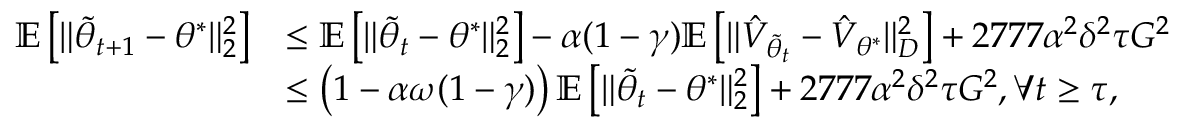
\begin{array} { r l } { \mathbb { E } \left[ \Vert \tilde { \theta } _ { t + 1 } - \theta ^ { * } \Vert _ { 2 } ^ { 2 } \right] } & { \leq \mathbb { E } \left[ \Vert \tilde { \theta } _ { t } - \theta ^ { * } \Vert _ { 2 } ^ { 2 } \right] - \alpha ( 1 - \gamma ) \mathbb { E } \left[ \Vert \hat { V } _ { \tilde { \theta } _ { t } } - \hat { V } _ { \theta ^ { * } } \Vert _ { D } ^ { 2 } \right] + 2 7 7 7 \alpha ^ { 2 } \delta ^ { 2 } \tau G ^ { 2 } } \\ & { \leq \left( 1 - \alpha \omega ( 1 - \gamma ) \right) \mathbb { E } \left[ \Vert \tilde { \theta } _ { t } - \theta ^ { * } \Vert _ { 2 } ^ { 2 } \right] + 2 7 7 7 \alpha ^ { 2 } \delta ^ { 2 } \tau G ^ { 2 } , \forall t \geq \tau , } \end{array}